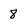
Character: 8